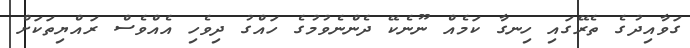
ގަވާއިދުގެ ތެރޭގައި ހިނގާ ކަމެއް ނޫނެކޭ ދެންނެވުމުގެ ހައްގު ދިވެހި އެއްވެސް ރައްޔިތަކަށް